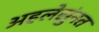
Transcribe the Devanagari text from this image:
अहलेसुंनत